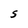
Character: S